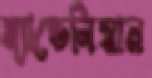
ম্যান্ডেলিয়ান